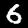
Label: 6